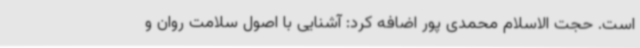
است. حجت الاسلام محمدی پور اضافه کرد: آشنایی با اصول سلامت روان و